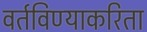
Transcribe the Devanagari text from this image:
वर्तविण्याकरिता